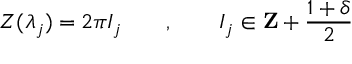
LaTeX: Z ( \lambda _ { j } ) = 2 \pi I _ { j } \qquad , \qquad I _ { j } \in \mathbf { Z } + \frac { 1 + \delta } { 2 }